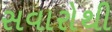
સવારોથી